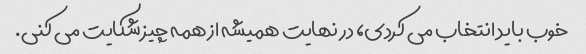
خوب باید انتخاب می کردی، در نهایت همیشه از همه چیز شکایت می کنی.